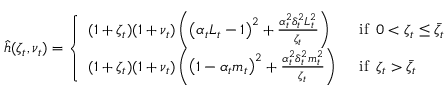
\begin{array} { r } { \hat { h } ( \zeta _ { t } , \nu _ { t } ) = \left\{ \begin{array} { l l } { ( 1 + \zeta _ { t } ) ( 1 + \nu _ { t } ) \left( \left( \alpha _ { t } L _ { t } - 1 \right) ^ { 2 } + \frac { \alpha _ { t } ^ { 2 } \delta _ { t } ^ { 2 } L _ { t } ^ { 2 } } { \zeta _ { t } } \right) \, \ } & { \mathrm { i f } \, \, \, 0 < \zeta _ { t } \leq \bar { \zeta _ { t } } } \\ { ( 1 + \zeta _ { t } ) ( 1 + \nu _ { t } ) \left( \left( 1 - \alpha _ { t } m _ { t } \right) ^ { 2 } + \frac { \alpha _ { t } ^ { 2 } \delta _ { t } ^ { 2 } m _ { t } ^ { 2 } } { \zeta _ { t } } \right) \, \ } & { \mathrm { i f } \, \, \, \zeta _ { t } > \bar { \zeta _ { t } } } \end{array} \right. } \end{array}